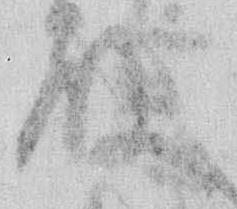
殿